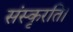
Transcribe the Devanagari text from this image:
संस्कृरति।